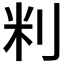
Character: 𫥾